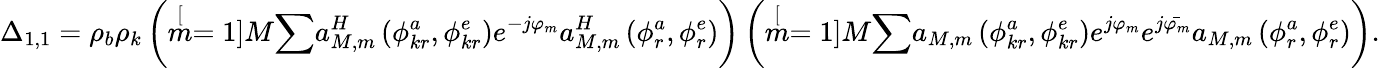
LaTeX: \Delta_{1,1}=\rho_{b}\rho_{k}\left(\stackrel[m=1]{M}{\sum}a_{M,m}^{H}\left(\phi_{kr}^{a},\phi_{kr}^{e}\right)e^{-j\varphi_{m}}a_{M,m}^{H}\left(\phi_{r}^{a},\phi_{r}^{e}\right)\right)\left(\stackrel[m=1]{M}{\sum}a_{M,m}\left(\phi_{kr}^{a},\phi_{kr}^{e}\right)e^{j\varphi_{m}}e^{j\bar{\varphi_{m}}}a_{M,m}\left(\phi_{r}^{a},\phi_{r}^{e}\right)\right).